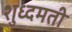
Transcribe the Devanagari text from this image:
शुध्दमती